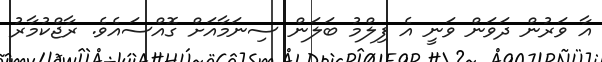
އާ ވަރުން ދަވަން ވަނީ އެ ފިލްމު ބަލަން ސިނަމާއަށް ގޮއްސައެވެ. ރާޖްކުމާރު